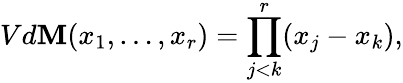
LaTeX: Vd\mathbf{M}(x_{1},\ldots,x_{r})=\prod_{j<k}^{r}(x_{j}-x_{k}),